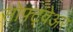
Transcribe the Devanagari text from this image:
सोफ्ट्वेअर